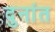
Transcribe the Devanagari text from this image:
दुनांत